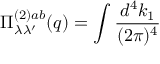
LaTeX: \Pi _ { \lambda \lambda ^ { \prime } } ^ { ( 2 ) a b } ( q ) = \int \frac { d ^ { 4 } k _ { 1 } } { ( 2 \pi ) ^ { 4 } }